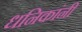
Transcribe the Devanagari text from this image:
धनिकांनी